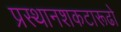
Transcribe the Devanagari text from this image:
प्रस्थानशकटारूढो